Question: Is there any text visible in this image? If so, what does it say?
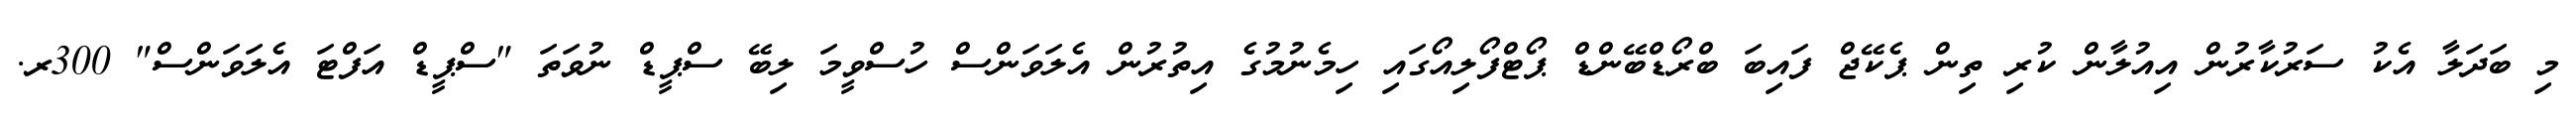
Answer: މި ބަދަލާ އެކު ސަރުކާރުން އިއުލާން ކުރި ތިން ޕެކޭޖް ފައިބަ ބްރޯޑްބޭންޑް ޕޯޓްފޯލިއޯގައި ހިމެނުމުގެ އިތުރުން އެލަވަންސް ހުސްވީމަ ލިބޭ ސްޕީޑް ނުވަތަ "ސްޕީޑް އަފްޓަ އެލަވަންސް" 300ރ.